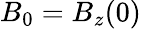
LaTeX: B_{0}=B_{z}(0)